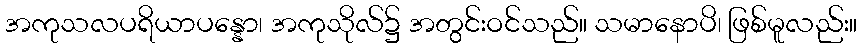
အကုသလပရိယာပန္နော၊ အကုသိုလ်၌ အတွင်းဝင်သည်။ သမာနောပိ၊ ဖြစ်မူလည်း။